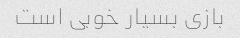
بازی بسیار خوبی است